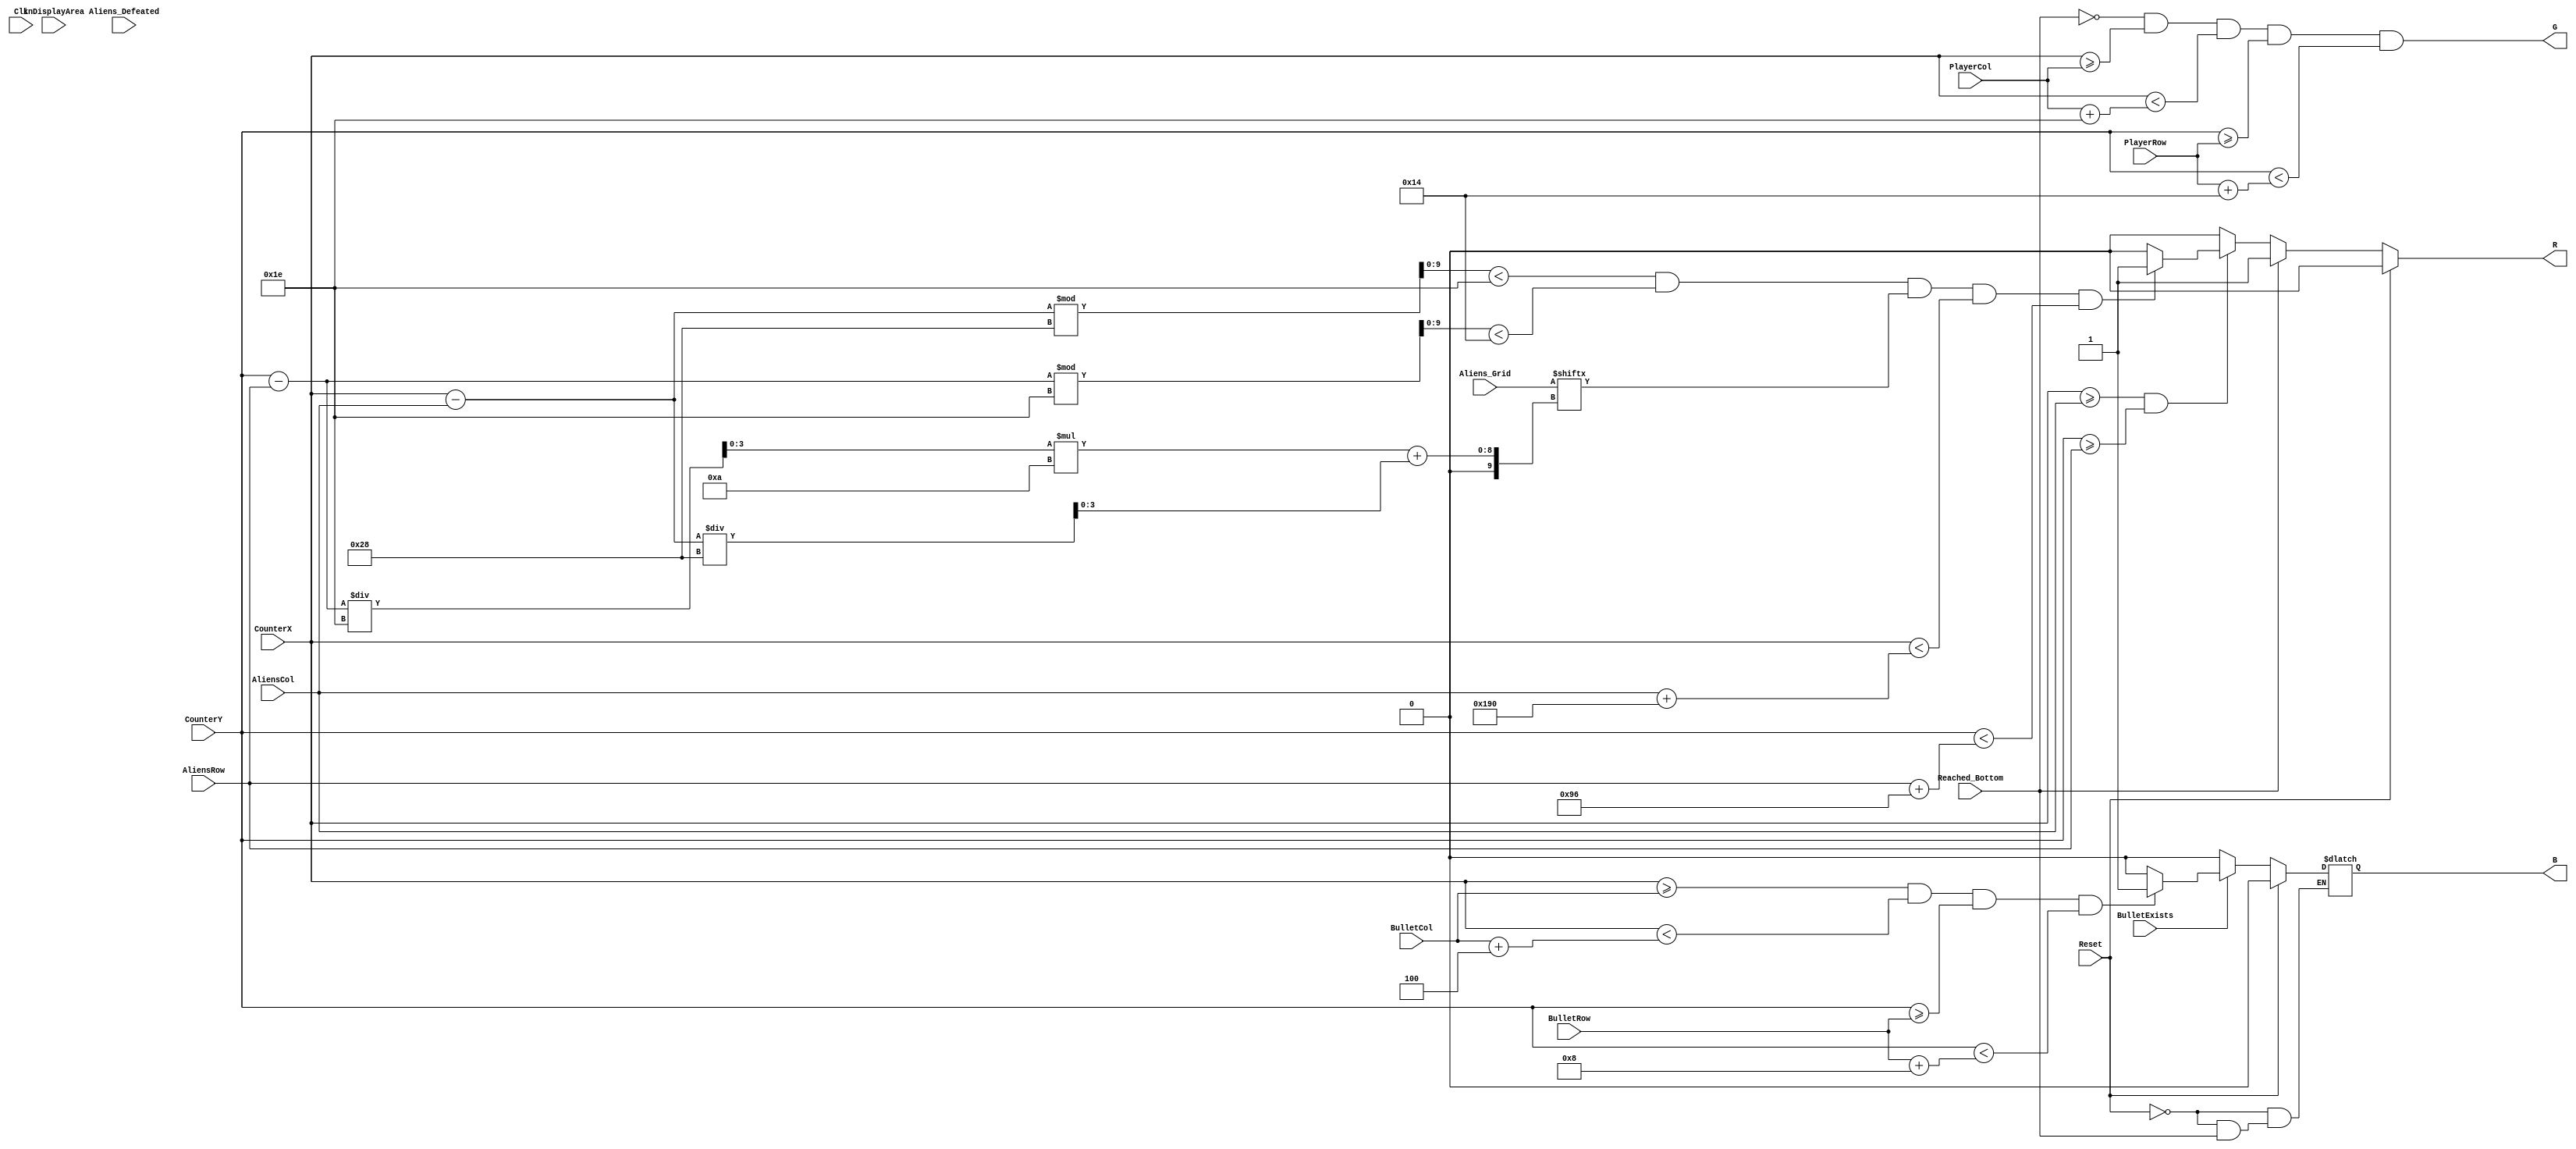
`timescale 1ns / 1ps
//////////////////////////////////////////////////////////////////////////////////
// Company: 
// Engineer: 
// 
// Design Name: 
// Module Name:    Draw_VGA 
// Project Name: 
// Target Devices: 
// Tool versions: 
// Description: 
//
// Dependencies: 
//
// Revision: 
// Revision 0.01 - File Created
// Additional Comments: Aliens: 30x20 10spacing.
// Player: 30x20
//
//////////////////////////////////////////////////////////////////////////////////
module Draw_VGA(
    input [49:0] Aliens_Grid,
    input [8:0] AliensRow,
    input [9:0] AliensCol,
    input [8:0] PlayerRow,
    input [9:0] PlayerCol,
    input Clk,
    input Reset,
    input [8:0] BulletRow,
    input [9:0] BulletCol,
    input BulletExists,
	 input [9:0] CounterX,
	 input [9:0] CounterY,
	 input inDisplayArea,
	 input Reached_Bottom,
	 input Aliens_Defeated,
	 output R,
	 output G,
	 output B
    );
	 
	 
	 
	////Draw stuff 
	
	parameter AlienWidth = 30;
	parameter PlayerWidth = 30;
	parameter AlienWidthSpacing = 10;
	parameter AlienHeight = 20;
	parameter PlayerHeight = 20;
	parameter AlienHeightSpacing = 10;
	parameter NumCols = 10;
	parameter BulletWidth = 4;
	parameter BulletHeight = 8;
	
	//reg R, B;
	//reg vga_r_t, vga_g_t, vga_b_t;
	
	//assign vga_r = vga_r_t;
	//assign vga_g = vga_g_t;
	//assign vga_b = vga_b_t;
	
	reg R_t, B_t;
	reg [3:0] AlienX;
	reg [3:0] AlienY;
	reg isAlien;
	reg [9:0] CounterX_t;
	reg [9:0] CounterY_t;
	
	//Drawing Player
	assign G = ~Reached_Bottom && (CounterX >= PlayerCol) && (CounterX < (PlayerCol + PlayerWidth)) && (CounterY >= PlayerRow) 
					&& (CounterY < (PlayerRow + PlayerHeight));
	assign R = R_t;
	//assign G = G_t;
	assign B = B_t;
	
	//integer i,j;
	always @(*)
	begin
		if (Reset)
		begin
			R_t = 0;
			B_t = 0;
			AlienX = 0;
			AlienY = 0;
			isAlien = 0;
			CounterX_t = 10'bxxxxxxxxxx;
			CounterY_t = 10'bxxxxxxxxxx;
		end
		else if (~Reached_Bottom)
		begin
		
			//Drawing Aliens
			isAlien = 0;
			AlienX = 0;
			AlienY = 0;
			CounterX_t = CounterX;
			CounterY_t = CounterY;
			R_t = 0;
			B_t = 0;
			if (CounterX_t >= AliensCol && CounterY_t >= AliensRow)
			begin
				CounterX_t = CounterX_t - AliensCol;
				CounterY_t = CounterY_t - AliensRow;
				AlienX = CounterX_t / (AlienWidth + AlienWidthSpacing);
				AlienY = CounterY_t / (AlienHeight + AlienHeightSpacing);
				CounterX_t = CounterX_t % (AlienWidth + AlienWidthSpacing);
				CounterY_t = CounterY_t % (AlienHeight + AlienHeightSpacing);
				if (CounterX_t < AlienWidth && CounterY_t < AlienHeight && Aliens_Grid[AlienY * NumCols + AlienX] && CounterX < AliensCol + 10 * (AlienWidth + AlienWidthSpacing) && CounterY < AliensRow + 5 * (AlienHeight + AlienHeightSpacing))
					R_t = 1;
			end
			
			//Drawing Bullet
			if (BulletExists)
			begin
				if (CounterX >= BulletCol && CounterX < BulletCol + BulletWidth && CounterY >= BulletRow && CounterY < BulletRow + BulletHeight)
					B_t = 1;
			end
		end
		else
		begin
			R_t = 1;
		end
	end
	
/*	always @(posedge Clk)
	begin
		vga_r_t <= R & inDisplayArea;
		vga_g_t <= G & inDisplayArea;
		vga_b_t <= B & inDisplayArea;
	end*/


endmodule